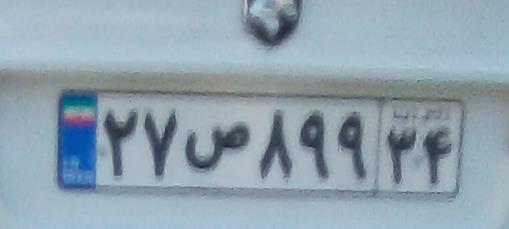
۲۷ص۸۹۹۳۴